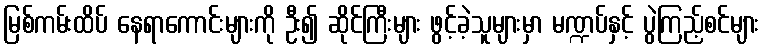
မြစ်ကမ်းထိပ် နေရာကောင်းများကို ဦး၍ ဆိုင်ကြီးများ ဖွင့်ခဲ့သူများမှာ မဏ္ဍပ်နှင့် ပွဲကြည့်စင်များ